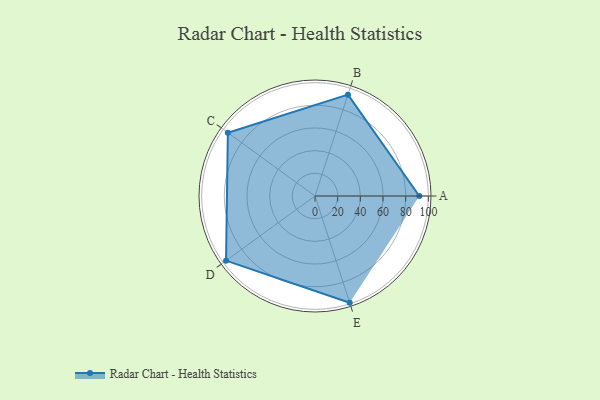
{"axis": {"x": "Skill", "y": "Score"}, "legend": ["Profile"], "data": [{"x": "A", "y": 92.0, "type": "Profile"}, {"x": "B", "y": 94.0, "type": "Profile"}, {"x": "C", "y": 95.0, "type": "Profile"}, {"x": "D", "y": 97.0, "type": "Profile"}, {"x": "E", "y": 99, "type": "Profile"}]}